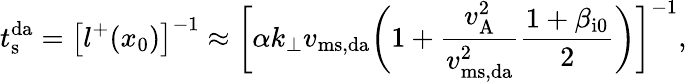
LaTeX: t_{\mathrm{s}}^{\mathrm{da}}=\bigl[l^{+}(x_{0})\bigr]^{-1}\approx\biggl[\alpha k_{\perp}v_{\mathrm{ms,da}}\biggl(1+\frac{v_{\mathrm{A}}^{2}}{v_{\mathrm{ms,da}}^{2}}\frac{1+\beta_{\mathrm{i0}}}{2}\biggr)\biggr]^{-1},